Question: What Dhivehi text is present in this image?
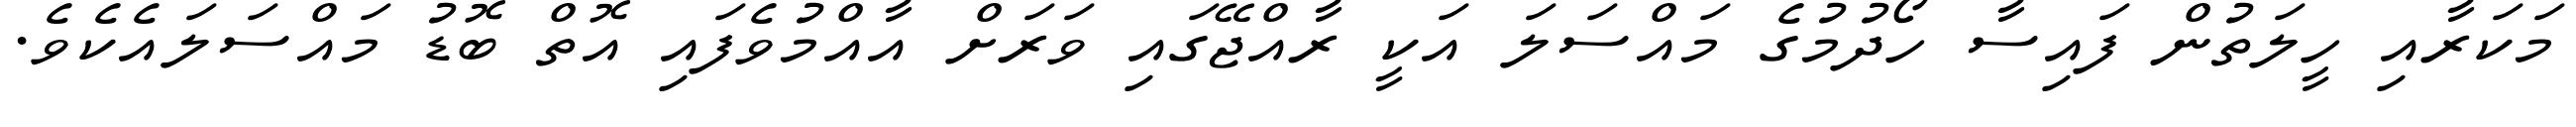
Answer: މަކަރާއި ހީލަތުން ފައިސާ ހޯދުމުގެ މައްސަލަ އަކީ ރާއްޖޭގައި ވަރަށް އާއްމުވެފައި އޮތް ބޮޑު މައްސަލައެކެވެ.